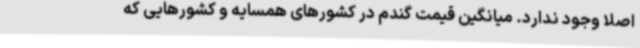
اصلا وجود ندارد. میانگین قیمت گندم در کشورهای همسایه و کشورهایی که